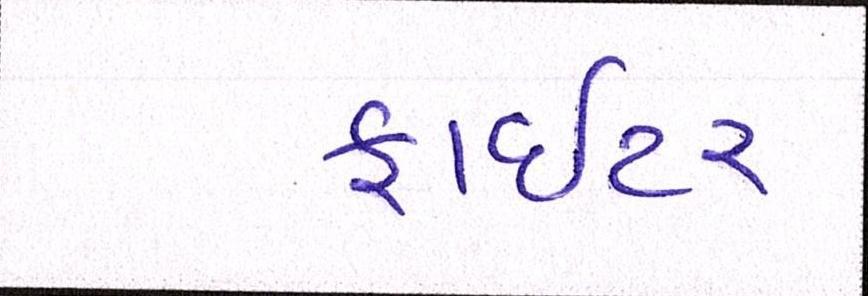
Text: ફાઈટર